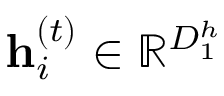
\mathbf { h } _ { i } ^ { ( t ) } \in \mathbb { R } ^ { D _ { 1 } ^ { h } }